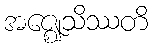
အဇ္ဈေသိဿတိ